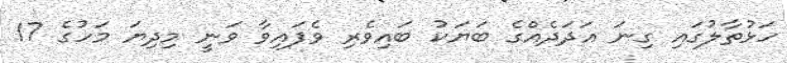
ހަޅުތާލުގައި ގިނަ އަދަދެއްގެ ބަޔަކު ބައިވެރި ވެފައިވާ ވަނީ މިދިޔަ މަހުގެ 17